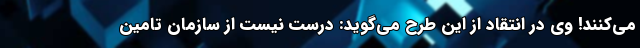
می‌کنند! وی در انتقاد از این طرح می‌گوید: درست نیست از سازمان تامین